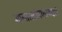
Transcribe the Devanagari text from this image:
मागासलेपणाबद्दल